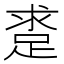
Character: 𨁛